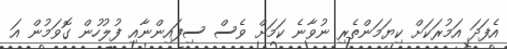
އެފަދަ އަމުރަކަށް ކިޔަމަންތެރި ނުވާނެ ކަމަށް ވެސް ސިފައިންނާއި ފުލުހުން ގޮވަމުން އަ